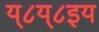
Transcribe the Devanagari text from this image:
य्८य्८इय